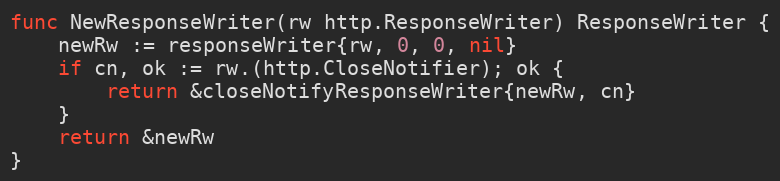
Language: Go
func NewResponseWriter(rw http.ResponseWriter) ResponseWriter {
	newRw := responseWriter{rw, 0, 0, nil}
	if cn, ok := rw.(http.CloseNotifier); ok {
		return &closeNotifyResponseWriter{newRw, cn}
	}
	return &newRw
}